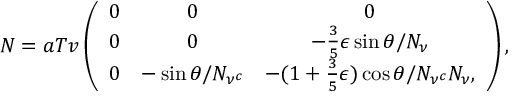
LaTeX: N = a T v \left( \begin{array} { c c c } { { 0 } } & { { 0 } } & { { 0 } } \\ { { 0 } } & { { 0 } } & { { - \frac { 3 } { 5 } \epsilon \sin \theta / N _ { \nu } } } \\ { { 0 } } & { { - \sin \theta / N _ { \nu ^ { c } } } } & { { - ( 1 + \frac { 3 } { 5 } \epsilon ) \cos \theta / N _ { \nu ^ { c } } N _ { \nu } , } } \end{array} \right) ,